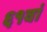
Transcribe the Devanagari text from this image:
६१वां